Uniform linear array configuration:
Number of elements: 16
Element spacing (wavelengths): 0.25
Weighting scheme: cosine
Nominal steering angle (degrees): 60
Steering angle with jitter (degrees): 58.542
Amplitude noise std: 0.05
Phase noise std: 0.05

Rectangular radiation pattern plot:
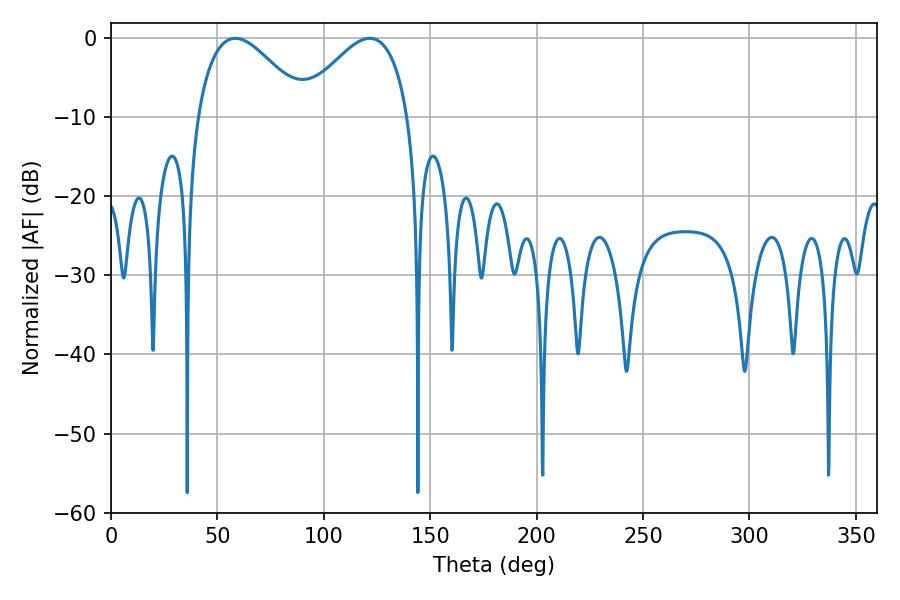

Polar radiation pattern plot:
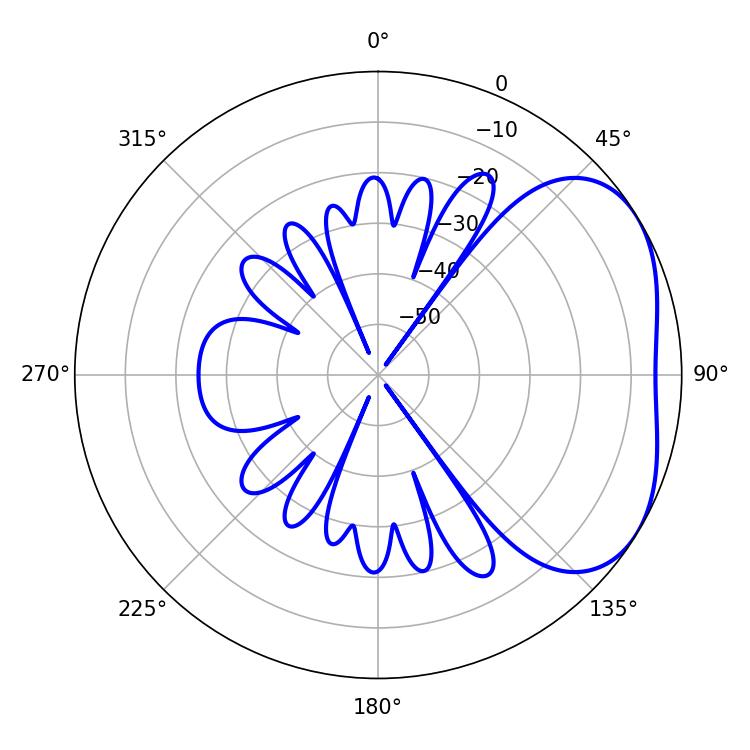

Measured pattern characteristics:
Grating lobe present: FALSE
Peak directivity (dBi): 3.422
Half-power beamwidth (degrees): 27.72
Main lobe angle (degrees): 58.5